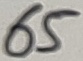
Text: 65